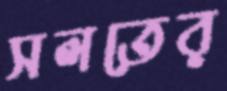
সলতের